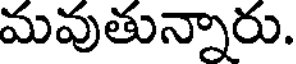
మవుతున్నారు.